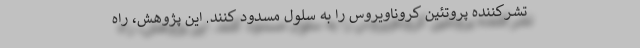
تشرکننده پروتئین کروناویروس را به سلول مسدود کنند. این پژوهش، راه